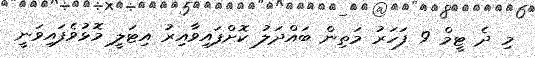
މި ދެ ޓީމް 9 ފަހަރު މަތިން ބައްދަލު ކޮށްފައިވާއިރު އިޓަލީ މޮޅުވެފައިވަނީ